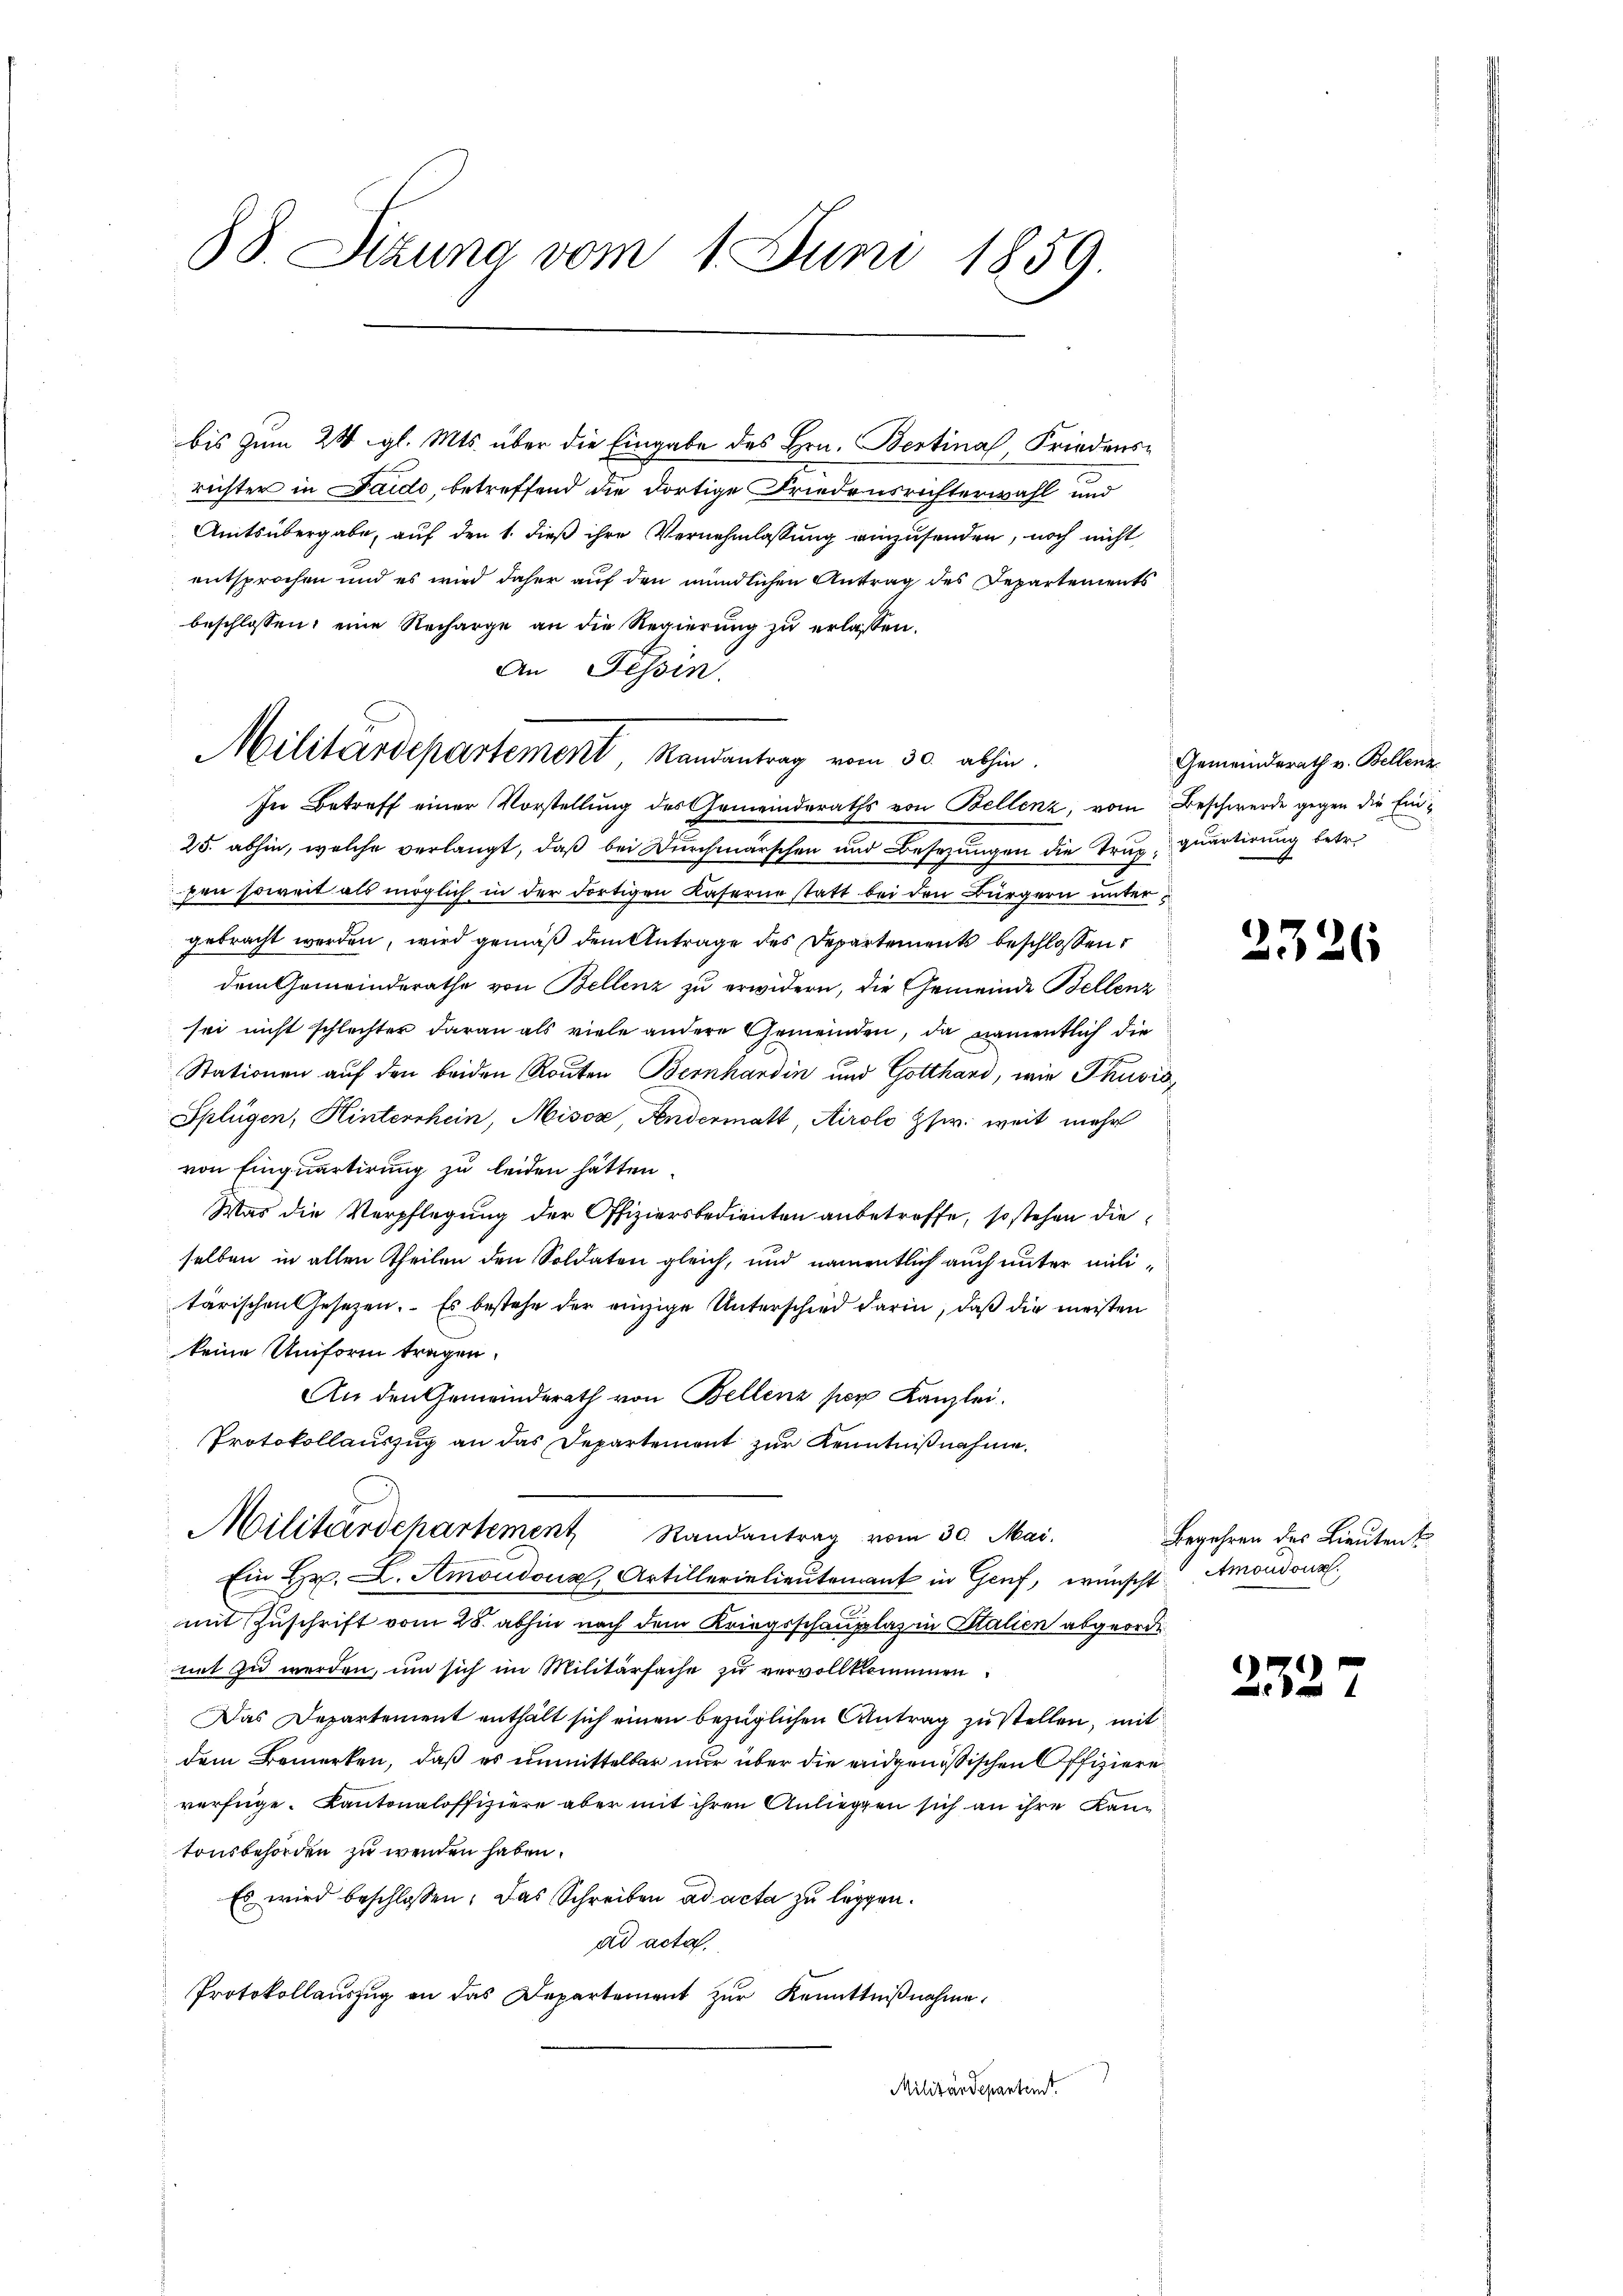
88. Sizung vom 1. Juni 1859.

bis zum 28 gl. Mts. über die Eingabe des Hrn. Bertina, Friedensrichter in Sardo, betreffend die dortige Friedensrichterwahl und
Amtsübergabe, auf den 1. dieß ihre Vernehmlassung einzusenden, noch nicht
entsprochen und es wird daher auf den mündlichen Antrag des Departements
beschlossen: eine Recharge an die Regierung zu erlassen.
An Tessin.
In Betreff einer Vorstellung des Gemeinderaths von Bellenz, vom Beschwerde gegen die Ein¬
25. abhin, welche verlangt, daß bei Durchmarschen und Besetzungen die Trugquartirung betr.
pen soweit als möglich in der dortigen Kaserne statt bei den Bürgern unter
gebracht werden, wird gemäß dem Antrage des Departements beschlossen:
dem Gemeinderathe von Bellenz zu erwidern, die Gemeinde Bellenz
sei nicht schlechter daran als viele andere Gemeinden, da namentlich die
Stationen auf den beiden Routen Bernhardin und Gotthard, wie Thusis
Splügen, Hinterrhein, Misox, Fendermatt, Airolo Zser. weit mehr
von Einquartirung zu leiden hätten.
Was die Verpflegung der Offiziersbedienten anbetreffe, so stehen die
selben in allen Theilen den Soldaten gleich, und namentlich auch unter militärischen Gesetzen. Es bestehe der einzige Unterschied darin, daß die meisten
keine Uniform tragen.
An den Gemeinderath von Bellenz per Kanzlei.
Protokollauszug an das Departement zur Kenntnißnahme.
Militärdepartement Randantrag vom 30. Mai.
Ein Hr. L. Amoudona, Artillerielieutenant in Genf, wünscht. Amondonn
mit Zuschrift vom 28. abhin nach dem Kriegsschauplaz in Stalien abgeorde
mit zu werden, um sich im Militärfache zu vervollkommen.
Das Departement enthält sich einen bezüglichen Antrag zu stellen, mit
dem Bemerken, daß es unmittelbar nur über die eidgenössischen Offiziere
verfüge. Kantonaloffiziere aber mit ihren Anliegen sich an ihre Kan
tonsbehörden zu wenden haben.
Es wird beschlossen. Das Schreiben ad acta zu leggen.
ad acta.
Protokollaŭszŭg an das Departement zŭr Kenntniβnahme.
Militärdeparteint.

Militärdepartement Randantrag vom 30. abhin

Gemeinderath v. Bellenz

23

Begehren des Lieutent

2552

6